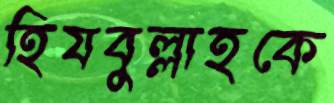
হিযবুল্লাহকে